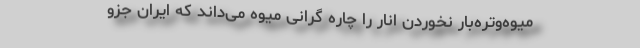
میوه‌وتره‌بار نخوردن انار را چاره گرانی میوه می‌داند که ایران جزو